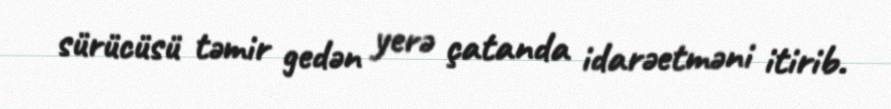
sürücüsü təmir gedən yerə çatanda idarəetməni itirib.